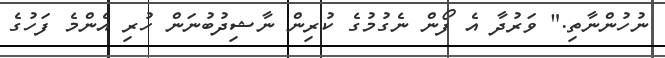
ނުހުންނާތި." ވަރުދާ އެ ފޯން ނެގުމުގެ ކުރިން ނާޝިދުބުނަން ހުރި އެންމެ ފަހުގެ